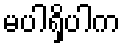
မပါရှိပါက